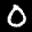
Label: 0